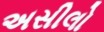
અસીલો